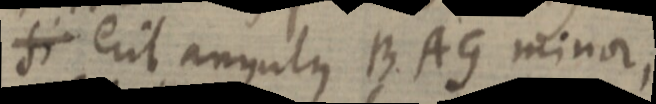
si erit angulus BAG minor,